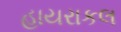
હાયરાકલ